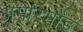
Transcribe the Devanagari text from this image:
अमेरिमोड